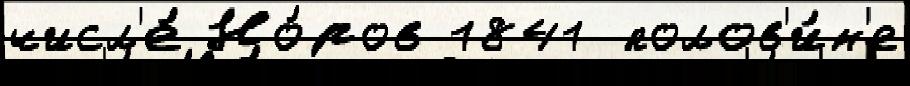
числ'е́ Но́ров 1841 полов'и́н'е